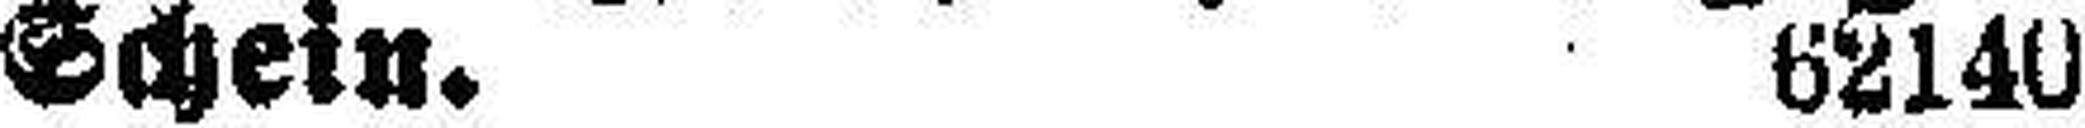
Schein. 62140